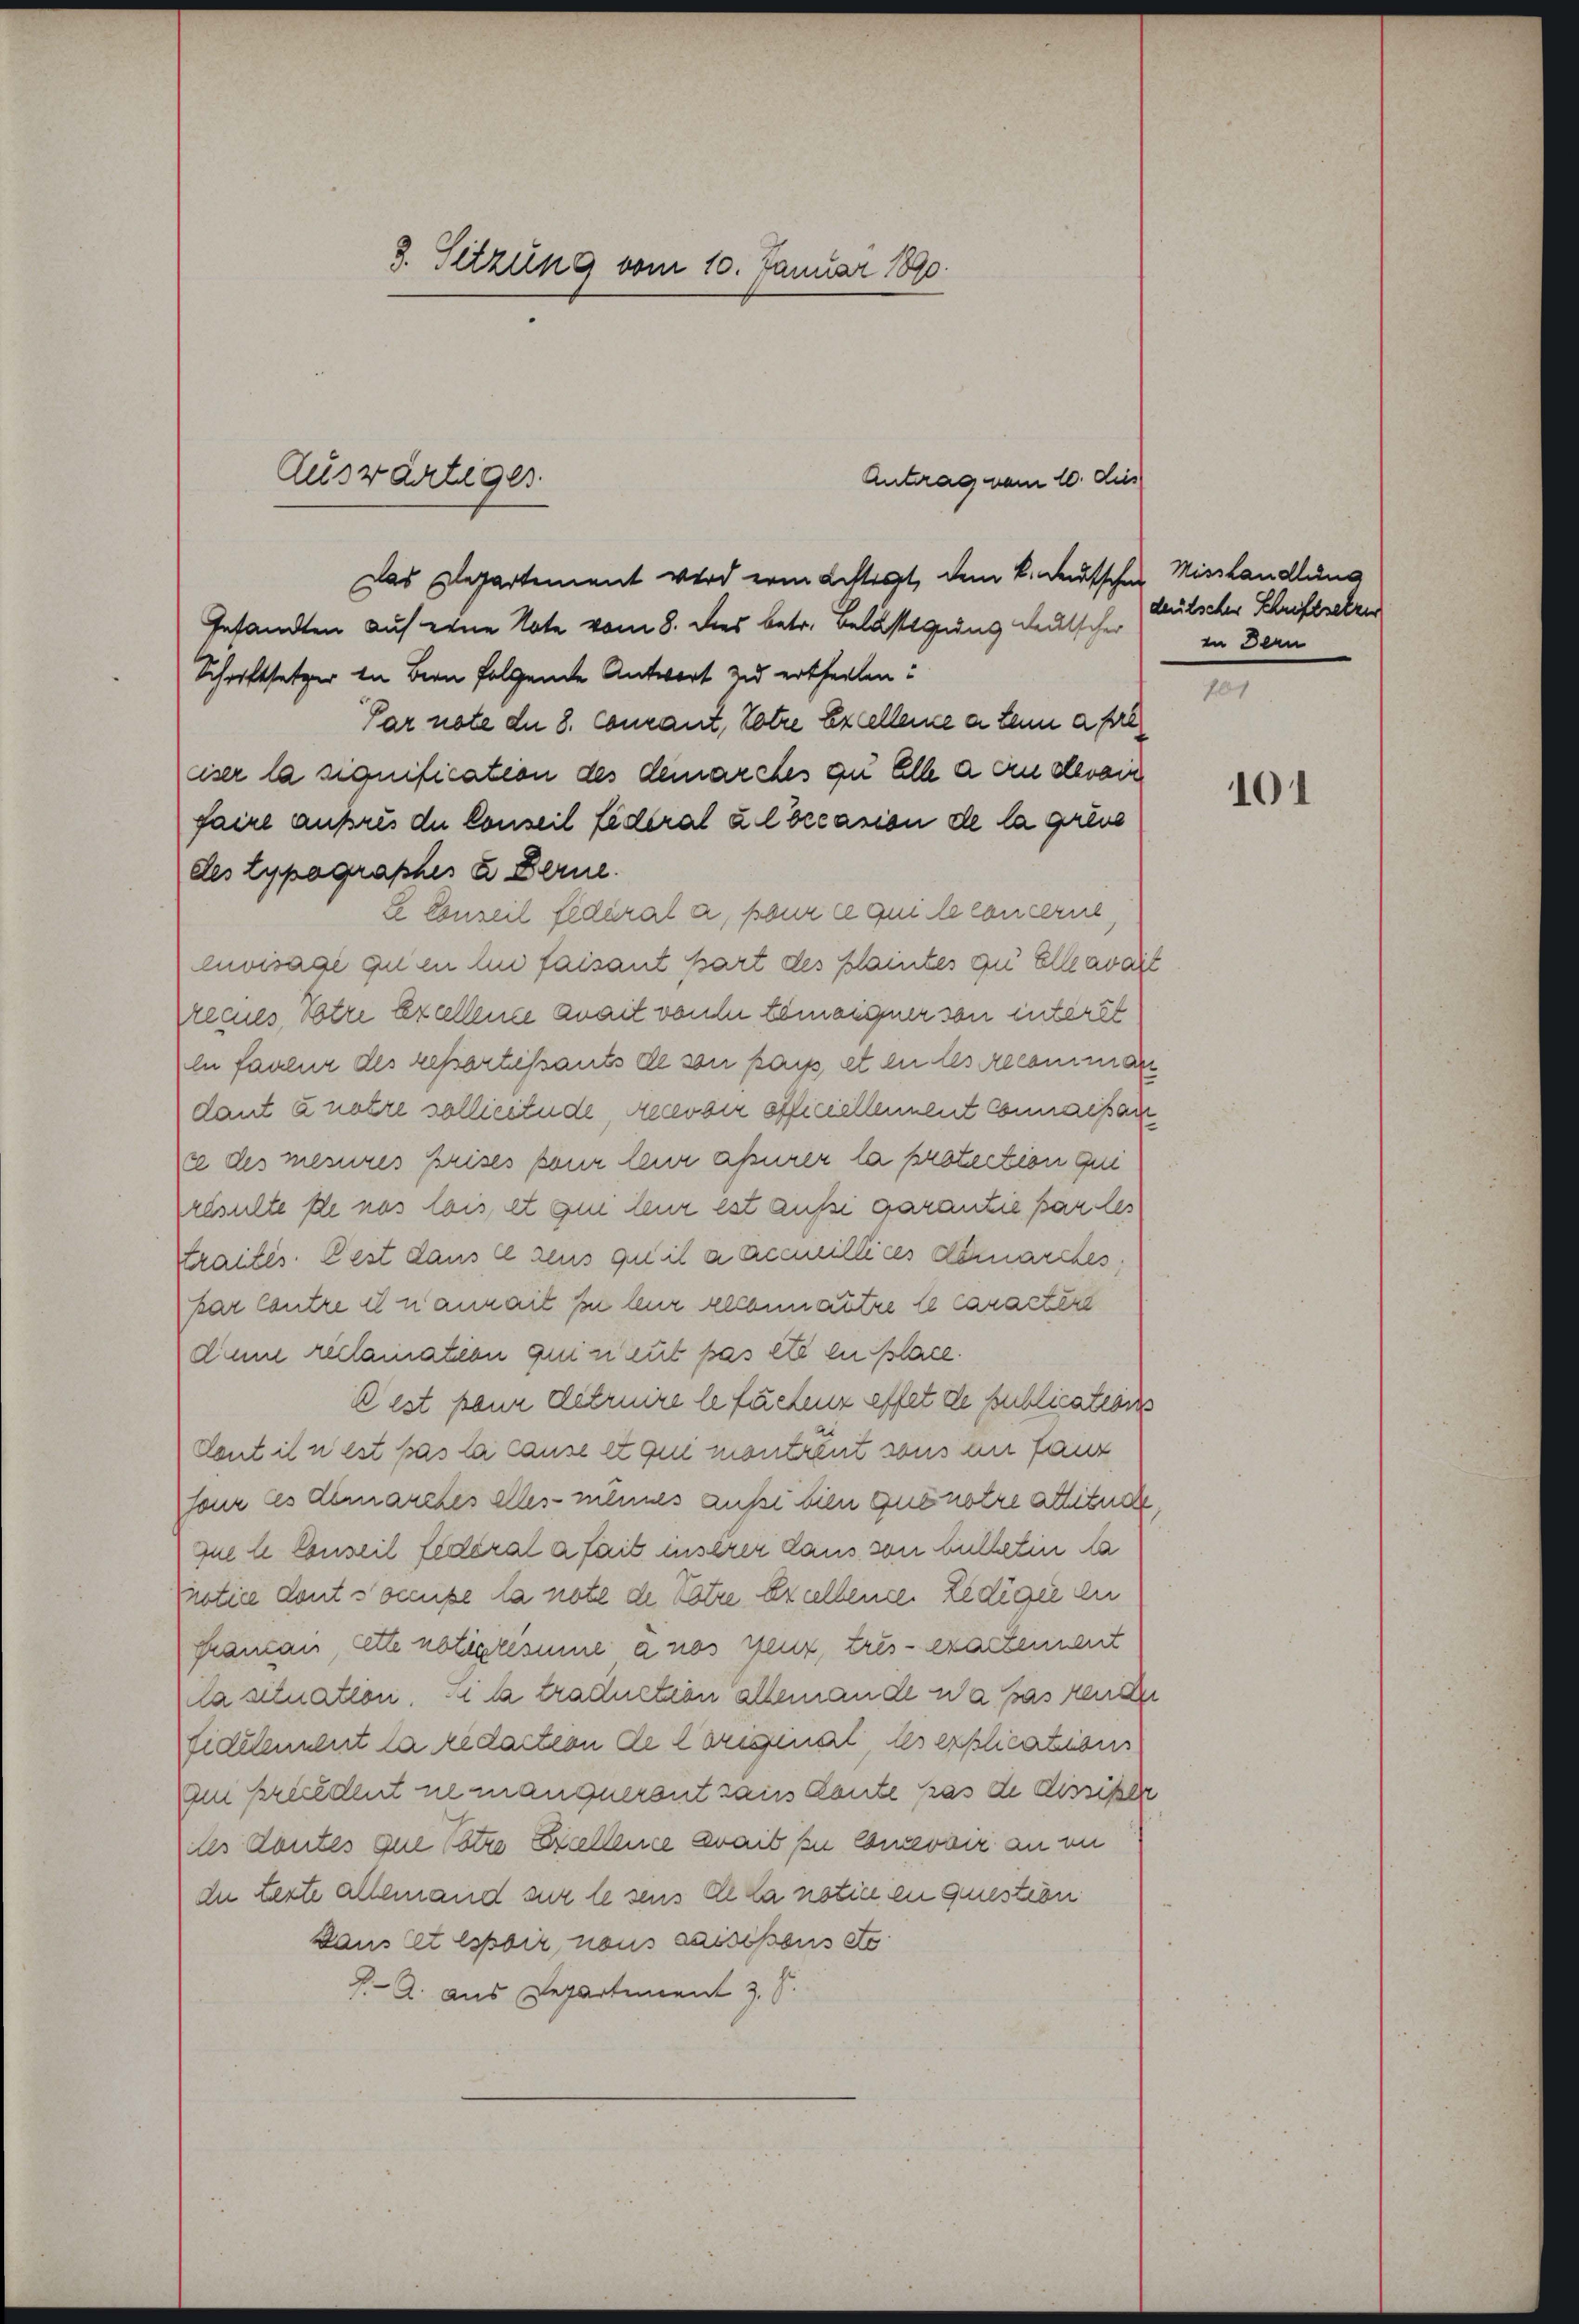
3. Sitzung vom 10. Januar 1890.

Antrag vom 10. dies
Das Departement wird ein Rechtigt, dem k. deutscher Misshandlung
Gesandten auf eine Note vom 8. dies betr. Belastigung deutscher
Schriftsetzer in Bern folgende Antwort zu ertheilen:
Par note die 8. courant, Kotre Excellence a ten a pre
eiser la signification des demarches zu Alle a an derain
faire ausres die Conseil fideral a l’occasion de la gress
des typographes u. Berne.
E Conseil fédérale, pour ce qui le concerne,
envisagé quin in faisant Bart des Plaintes zu Elle avait
recies Votre Excellence anait von der teiangner von interst
in faveur des repartissants de son pais et in des Alcominar
dant a notre sollicitude, recevoir officiellennent Connaissan
xe des mesures Brises pour leur assurer la protection gen
resulte se nas lois et ain teur est ausse garantie par des
Strautes. Cest dans lesens qu’il a accillices demarches
kar Contre et nanait zu kur allein autre le caractere
dinne reclamation qui neut pas été en place.
Lest pour détruire le fachens effet de Publications
dont il n’est pas la cause et qui montrent sons an fanz
four les demarches alles-mêmes auße bien que notre attituche
que le Conseil Federal a fait inserer Laus von bulletin da
notice dont somite la note de Totre Excelleine Ledigie du
framan, lette noticremie a nos genz, tres-exartennent
la situation. Si la traduction allemande wa das renden
Fidelendent la redaction de Coriginal des explications
Im kriedent ne manquerant sans Konte pas de Aussiker
des Kontes que Patro Excellence zweit zu concevoir an im
due terte allemand sur le sens de da notin in Question
Daus et Espoir, nous saisissens ste
J. A. aus Departement J. J.

Auswärtiger

deutscher Schriftsetzen
in Bern

101